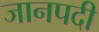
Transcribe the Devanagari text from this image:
जानपदी